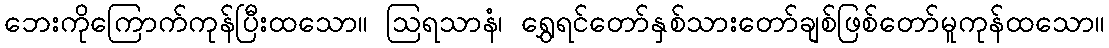
ဘေးကိုကြောက်ကုန်ပြီးထသော။ ဩရသာနံ၊ ရွှေရင်တော်နှစ်သားတော်ချစ်ဖြစ်တော်မူကုန်ထသော။